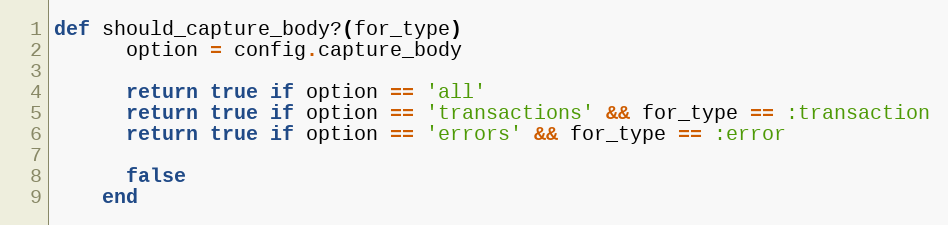
Language: Ruby
def should_capture_body?(for_type)
      option = config.capture_body

      return true if option == 'all'
      return true if option == 'transactions' && for_type == :transaction
      return true if option == 'errors' && for_type == :error

      false
    end